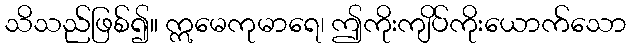
သိသည်ဖြစ်၍။ ဣမေကုမာရေ၊ ဤကိုးကျိပ်ကိုးယောက်သော